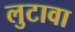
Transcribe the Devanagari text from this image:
लुटावा